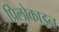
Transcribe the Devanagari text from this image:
प्रिलोकाइन